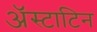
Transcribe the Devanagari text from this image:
अॅस्टाटिन